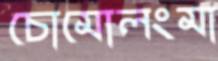
চোমোলংমা